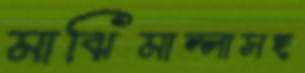
মাঝিমাল্লাসহ